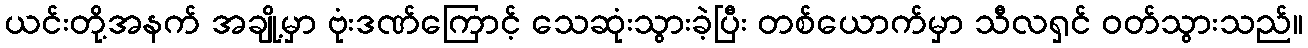
ယင်းတို့အနက် အချို့မှာ ဗုံးဒဏ်ကြောင့် သေဆုံးသွားခဲ့ပြီး တစ်ယောက်မှာ သီလရှင် ဝတ်သွားသည်။